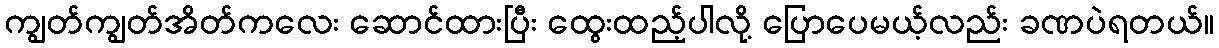
ကျွတ်ကျွတ်အိတ်ကလေး ဆောင်ထားပြီး ထွေးထည့်ပါလို့ ပြောပေမယ့်လည်း ခဏပဲရတယ်။